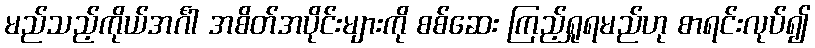
မည်သည့်ကိုယ်အင်္ဂါ အစိတ်အပိုင်းများကို စစ်ဆေး ကြည့်ရှုရမည်ဟု စာရင်းလုပ်၍